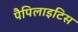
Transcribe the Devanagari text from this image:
पैपिलाइटिस